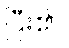
ပြီး၏။